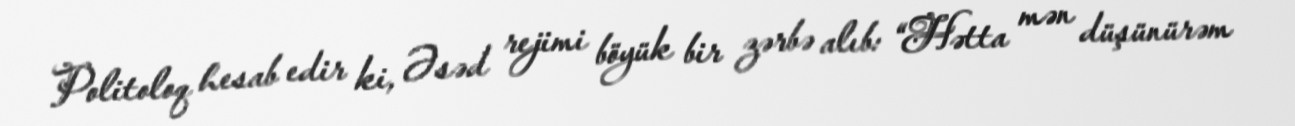
Politoloq hesab edir ki, Əsəd rejimi böyük bir zərbə alıb: “Hətta mən düşünürəm